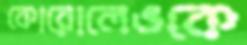
কোরোলেভকে